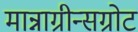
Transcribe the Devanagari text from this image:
मान्नाग्रीन्सग्रोट